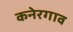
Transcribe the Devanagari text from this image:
कनेरगाव